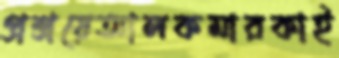
প্রশ্রয়েআলকমারকাই